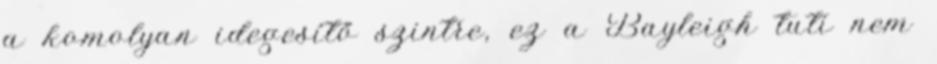
a komolyan idegesítő szintre, ez a Bayleigh tuti nem